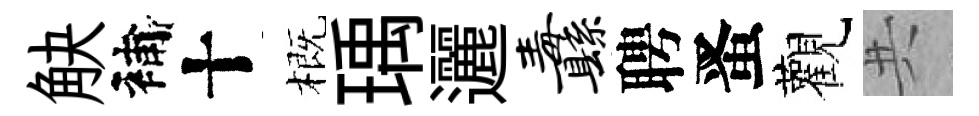
觖補十概瑀邐纛聘󱉠觀共